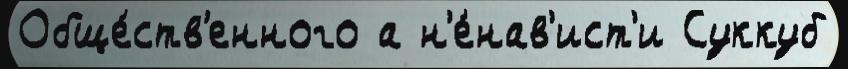
Обще́ств'енного а н'е́нав'ист'и Суккуб